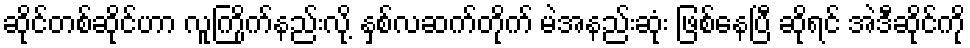
ဆိုင်တစ်ဆိုင်ဟာ လူကြိုက်နည်းလို့ နှစ်လဆက်တိုက် မဲအနည်းဆုံး ဖြစ်နေပြီ ဆိုရင် အဲဒီဆိုင်ကို